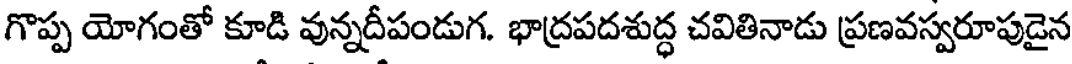
గొప్ప యోగంతో కూడి వున్నదీపండుగ. భాద్రపదశుద్ధ చవితినాడు ప్రణవస్వరూపుడైన